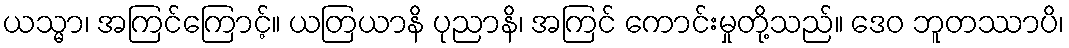
ယသ္မာ၊ အကြင်ကြောင့်။ ယတြယာနိ ပုညာနိ၊ အကြင် ကောင်းမှုတို့သည်။ ဒေဝ ဘူတဿာပိ၊